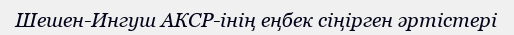
Шешен-Ингуш АКСР-інің еңбек сіңірген әртістері